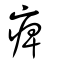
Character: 痺